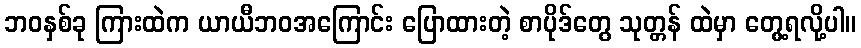
ဘဝနှစ်ခု ကြားထဲက ယာယီဘဝအကြောင်း ပြောထားတဲ့ စာပိုဒ်တွေ သုတ္တန် ထဲမှာ တွေ့ရလို့ပါ။